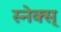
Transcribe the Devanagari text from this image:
स्नेक्स्